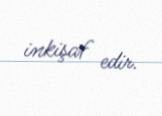
inkişaf edir.